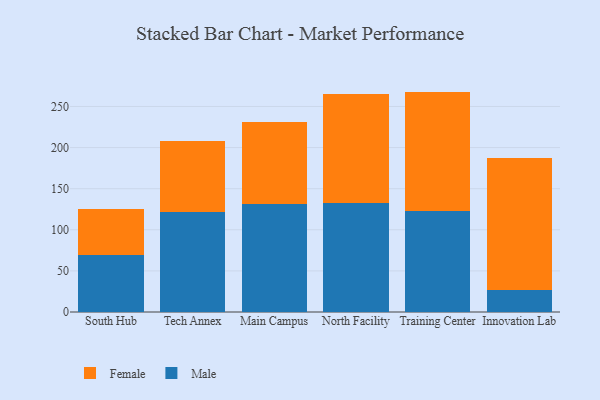
{"axis": {"x": "Campus", "y": "Production Output"}, "legend": ["Female", "Male"], "data": [{"x": "South Hub", "y": 69.6, "type": "Male"}, {"x": "South Hub", "y": 55.4, "type": "Female"}, {"x": "Tech Annex", "y": 121.7, "type": "Male"}, {"x": "Tech Annex", "y": 86.9, "type": "Female"}, {"x": "Main Campus", "y": 131.4, "type": "Male"}, {"x": "Main Campus", "y": 100.3, "type": "Female"}, {"x": "North Facility", "y": 132.8, "type": "Male"}, {"x": "North Facility", "y": 132.5, "type": "Female"}, {"x": "Training Center", "y": 123.0, "type": "Male"}, {"x": "Training Center", "y": 145.1, "type": "Female"}, {"x": "Innovation Lab", "y": 26.3, "type": "Male"}, {"x": "Innovation Lab", "y": 161.3, "type": "Female"}]}